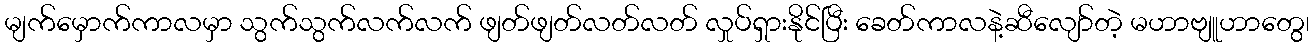
မျက်မှောက်ကာလမှာ သွက်သွက်လက်လက် ဖျတ်ဖျတ်လတ်လတ် လှုပ်ရှားနိုင်ပြီး ခေတ်ကာလနဲ့ဆီလျော်တဲ့ မဟာဗျူဟာတွေ၊